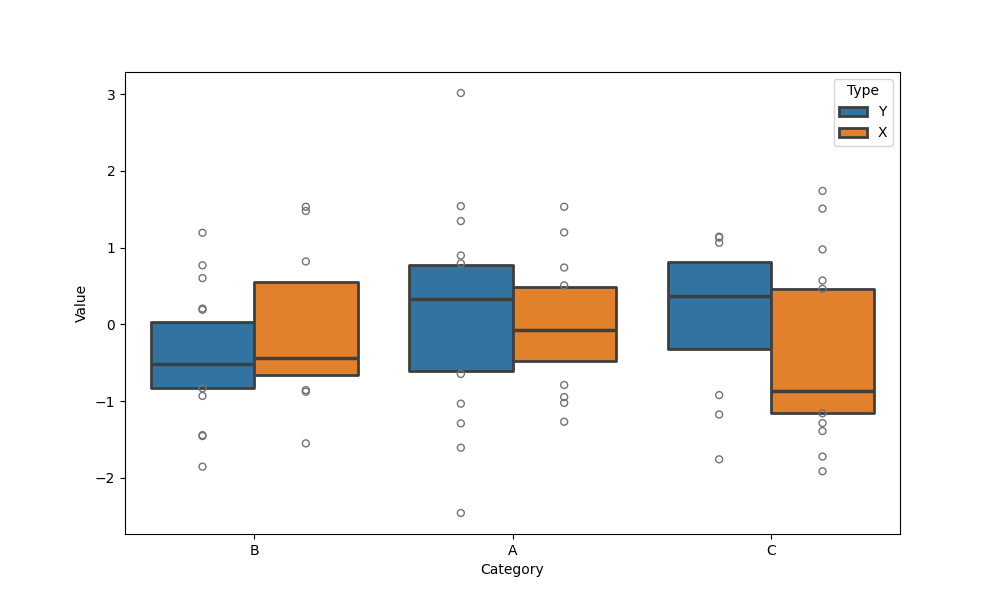
python, seaborn, boxenplot, k_depth='tukey', linewidth=2, scale='linear', outlier_prop=0.2, showfliers=True